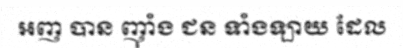
អញ បាន ញុាំង ជន ទាំងឡាយ ដែល